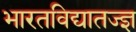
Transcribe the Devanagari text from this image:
भारतविद्यातज्ज्ञ